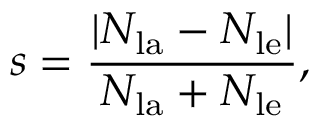
s = \frac { | N _ { \mathrm { l a } } - N _ { \mathrm { l e } } | } { N _ { \mathrm { l a } } + N _ { \mathrm { l e } } } ,